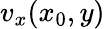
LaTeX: v_{x}(x_{0},y)